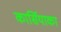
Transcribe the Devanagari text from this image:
कार्सियाका